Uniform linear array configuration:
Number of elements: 8
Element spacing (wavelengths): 0.5
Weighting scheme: binomial
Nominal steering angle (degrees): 0
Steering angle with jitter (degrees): -0.2527
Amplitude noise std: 0.05
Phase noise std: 0.05

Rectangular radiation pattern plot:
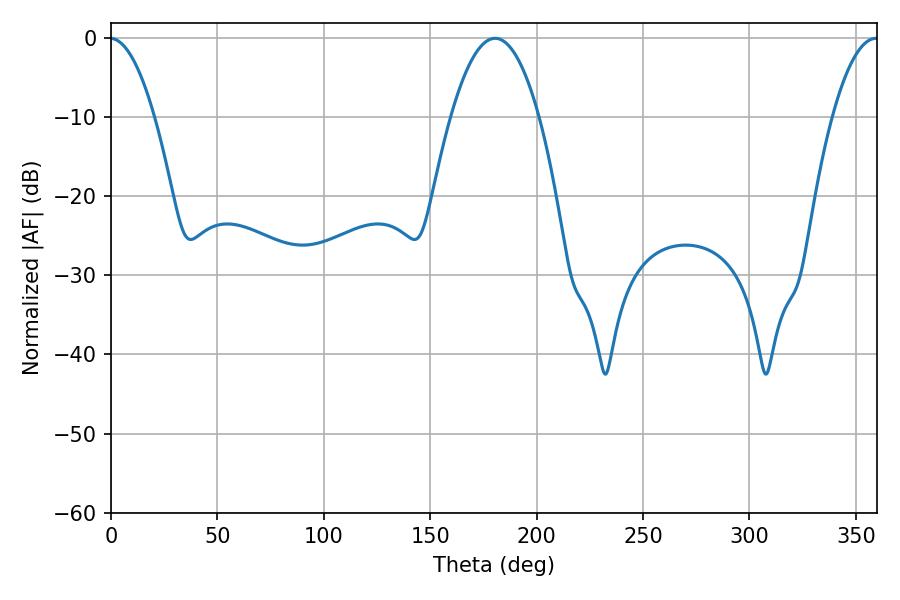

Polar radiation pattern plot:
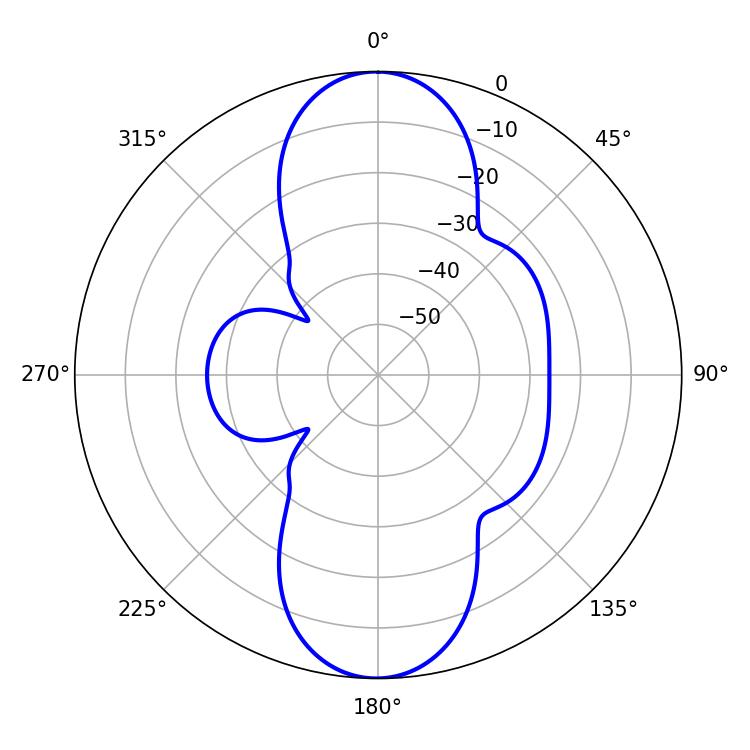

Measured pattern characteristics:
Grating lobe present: FALSE
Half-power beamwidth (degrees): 22.86
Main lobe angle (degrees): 180.54